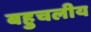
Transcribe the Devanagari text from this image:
बहुचलीय